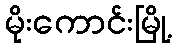
မိုးကောင်းမြို့